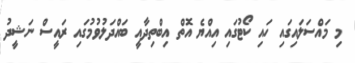
މި މައްސަލައިގައި ހައި ކޯޓުގައި އިއްޔެ އޮތް އިބްތިދާއީ ބައްދަލުވުމުގައި ރައީސް ނަޝީދު